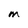
Character: M